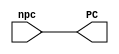
// Course: CSE 401- Computer Architecture
// Term: Winter 2020
// Name: Erika Gutierrez
// ID: 005318270

`timescale 1ns / 1ps

module pc_mod(
    output reg [31:0] PC,
    input wire [31:0] npc
    );

    initial begin
        PC <= 0;
    end
    always @ ( npc ) begin
        #1 PC <= npc;
    end

endmodule   //pc_mod